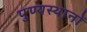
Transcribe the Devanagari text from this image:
पुण्यस्थानों